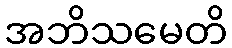
အဘိသမေတိ